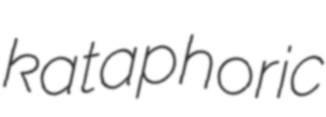
kataphoric